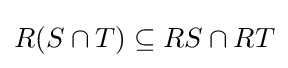
R(S\cap T)\subseteq RS\cap RT